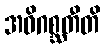
အဓိဂစ္ဆတီတိ